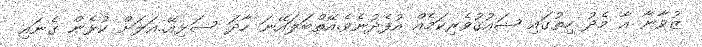
ޒުވާނާ އާ މެދު ހިތުގައި ޝައުޤުވެރިކަމެއް އުފެދުނެވެ.އޭތްބަލައޭނަ ހާދަ ސަޅިއޭ..އަލަށް ކުޅެން ގެނައި